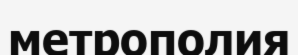
метрополия